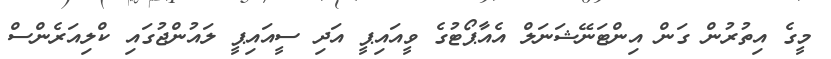
މީގެ އިތުރުން ގަން އިންޓަނޭޝަނަލް އެއާޕޯޓުގެ ވީއައިޕީ އަދި ސީއައިޕީ ލައުންޖުގައި ކްލިއަރެންސް